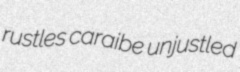
rustles caraibe unjustled